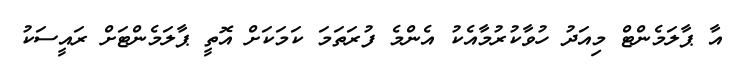
އާ ޕާލަމެންޓް މިއަދު ހުވާކުރުމާއެކު އެންމެ ފުރަތަމަ ކަމަކަށް އޮތީ ޕާލަމެންޓަށް ރައީސަކު